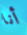
أنا